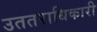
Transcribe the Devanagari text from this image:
उततराधिकारी